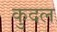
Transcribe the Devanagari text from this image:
कुदल